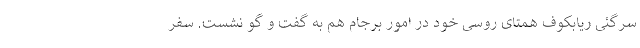
سرگئی ریابکوف همتای روسی خود در امور برجام هم به گفت و گو نشست. سفر